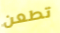
تطعن